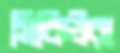
সিকিউরা